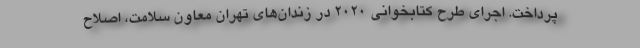
پرداخت. اجرای طرح کتابخوانی ۲۰۲۰ در زندان‌های تهران معاون سلامت، اصلاح